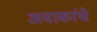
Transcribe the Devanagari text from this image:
अवाकांचे